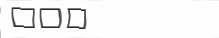
١٣٨